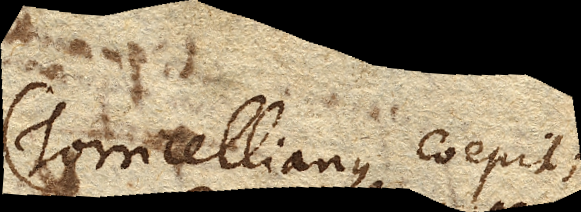
Torricellianus coepit;)